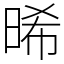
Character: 晞